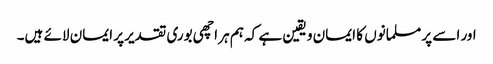
اور اسے پر مسلمانوں کا ایمان و یقین ہے کہ ہم ہر اچھی بوری تقدیر پر ایمان لائے ہیں۔